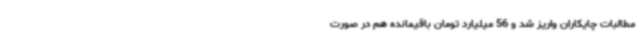
مطالبات چایکاران واریز شد و 56 میلیارد تومان باقیمانده هم در صورت